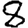
Digit: 8